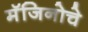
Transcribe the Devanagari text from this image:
मॅजिनोचे